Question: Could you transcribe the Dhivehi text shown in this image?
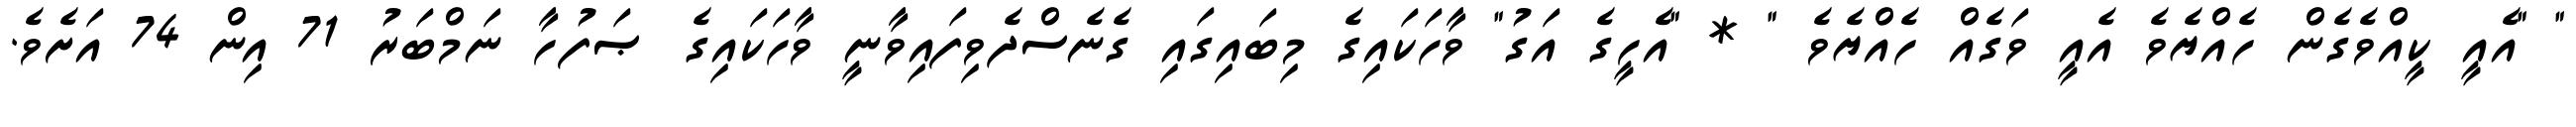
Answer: " "އެއީ ކީއްވެގެން ހެއްޔެވެ އެއީ ވަގެއް ހެއްޔެވެ " * "އެހީގެ އަގު" ވާހަކައިގެ މިބައިގައި ގެނެސްދެވިފައިވާނީ ވާހަކައިގެ ޞަފުހާ ނަމްބަރު 71 އިން 74 އަށެވެ.